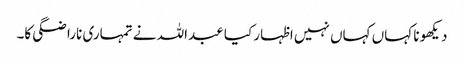
دیکھو نا کہاں کہاں نہیں اظہار کیا عبداللہ نے تمہاری ناراضگی کا۔